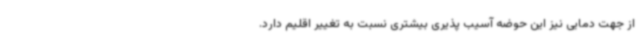
از جهت دمایی نیز این حوضه آسیب پذیری بیشتری نسبت به تغییر اقلیم دارد.